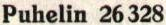
Puhelin 26 328